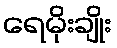
ရေမိုးချိုး